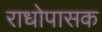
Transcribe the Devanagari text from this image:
राधोपासक